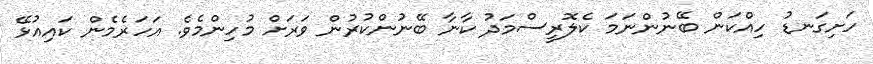
ހަށިގަނޑު ހިއްކަން ބޭނުންނަމަ ކެލޮރީސްމަދު ކާނާ ބޭނުންކުރުން ވަރަށް މުހިންމެވެ. އަހަަރެމެން ކައިއުޅޭ